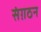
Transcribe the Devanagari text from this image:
संग़ठन